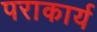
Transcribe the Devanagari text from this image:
पराकार्य